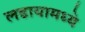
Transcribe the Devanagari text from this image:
लढायामध्ये